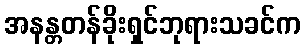
အနန္တတန်ခိုးရှင်ဘုရားသခင်က